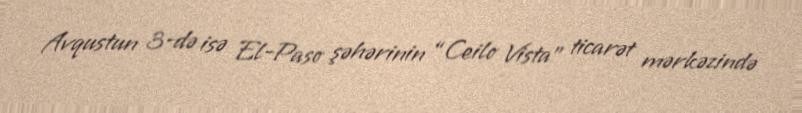
Avqustun 3-də isə El-Paso şəhərinin “Ceilo Vista” ticarət mərkəzində